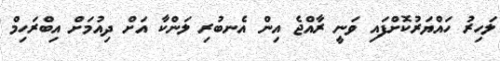
ލަހިރުު ހައްޔަރުކޮށްފައި ވަނީ ރާއްޖެ އިން އެނބުރި ލަންކާ އަށް ދިއުމަށް އިބްރަހިމް